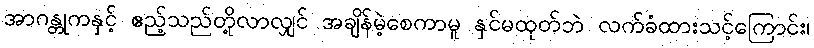
အာဂန္တုကနှင့် ဧည့်သည်တို့လာလျှင် အချိန်မဲ့စေကာမူ နှင်မထုတ်ဘဲ လက်ခံထားသင့်ကြောင်း၊